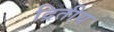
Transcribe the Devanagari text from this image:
द्रितीय